Report on the working of the Ranchi Indian Mental Hospital, Kanke, in Bihar and Orissa - 1930-1940
Year: 1930
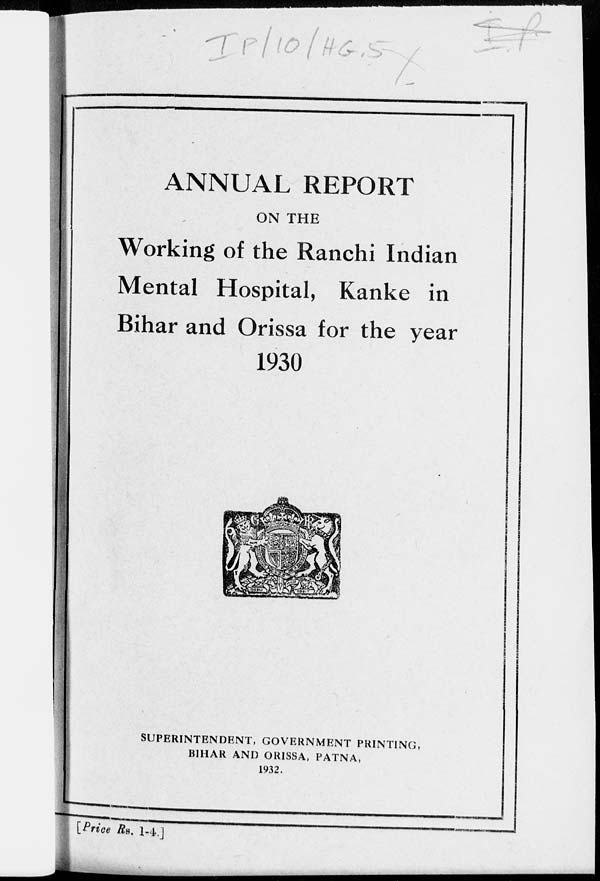
ANNUAL REPORT
ON THE
Working of the Ranchi Indian
Mental Hospital, Kanke in
Bihar and Orissa for the year
1930
SUPERINTENDENT, GOVERNMENT PRINTING,
BIHAR AND ORISSA, PATNA,
1932.
[Price Rs. 1-4.]